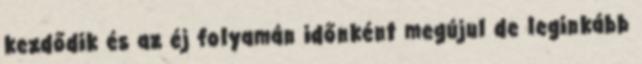
kezdődik és az éj folyamán időnként megújul de leginkább